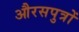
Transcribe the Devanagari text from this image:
औरसपुत्रों